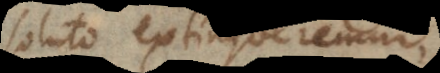
soluto extingueremur,